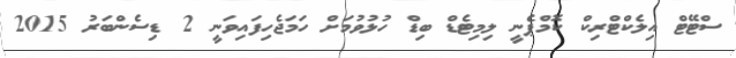
ސްޓޭޓް އިލެކްޓްރިކް ކޮމްޕެނީ ލިމިޓެޑް ބިޑް ހުޅުވުމަށް ހަމަޖެހިފައިވަނީ 2 ޑިސެންބަރު 2015